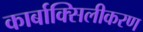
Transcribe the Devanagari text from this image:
कार्बाक्सिलीकरण